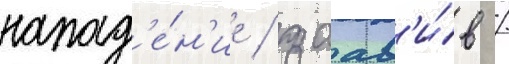
напад'е́н'ие / заав'и́в /